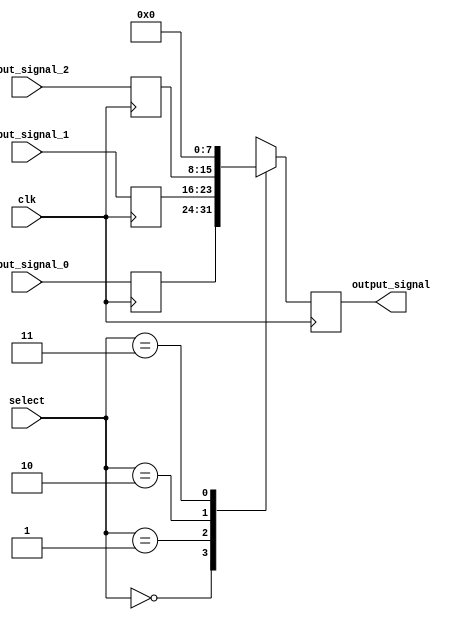
module multiplexer_delay (
    input wire clk,
    input wire [1:0] select,
    input wire [7:0] input_signal_0,
    input wire [7:0] input_signal_1,
    input wire [7:0] input_signal_2,
    output reg [7:0] output_signal
);

reg [7:0] delayed_signal_0;
reg [7:0] delayed_signal_1;
reg [7:0] delayed_signal_2;

always @(posedge clk) begin
    case(select)
        2'b00: output_signal <= delayed_signal_0;
        2'b01: output_signal <= delayed_signal_1;
        2'b10: output_signal <= delayed_signal_2;
        2'b11: output_signal <= 8'b00000000; // Default output when no selection is made
    endcase
end

// Timing control and synchronization block
always @(posedge clk) begin
    delayed_signal_0 <= input_signal_0;
    delayed_signal_1 <= input_signal_1;
    delayed_signal_2 <= input_signal_2;
end

// Delay block
always @(posedge clk) begin
    // Add programmable delay here
    // For example, using shift registers to delay signals
end

endmodule